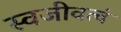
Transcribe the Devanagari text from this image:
स्वजीवत्वं